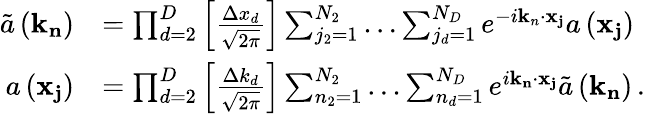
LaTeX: \begin{array}{rl}{\tilde{a}\left(\mathbf{k}_{\mathbf{n}}\right)}&{=\prod_{d=2}^{D}\left[\frac{\Delta x_{d}}{\sqrt{2\pi}}\right]\sum_{j_{2}=1}^{N_{2}}\ldots\sum_{j_{d}=1}^{N_{D}}e^{-i\mathbf{k}_{n}\cdot\mathbf{x}_{\mathbf{j}}}a\left(\mathbf{x}_{\mathbf{j}}\right)\, }\\ {a\left(\mathbf{x}_{\mathbf{j}}\right)}&{=\prod_{d=2}^{D}\left[\frac{\Delta k_{d}}{\sqrt{2\pi}}\right]\sum_{n_{2}=1}^{N_{2}}\ldots\sum_{n_{d}=1}^{N_{D}}e^{i\mathbf{k}_{\mathbf{n}}\cdot\mathbf{x}_{\mathbf{j}}}\tilde{a}\left(\mathbf{k}_{\mathbf{n}}\right)\, .}\end{array}